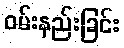
ဝမ်းနည်းခြင်း